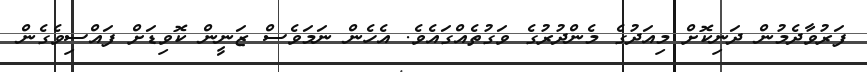
ފަރުވާދެމުން ދަނިކޮށް މިއަދުގެ މެންދުރުގެ ވަގުތެއްގައެވެ. އެހެން ނަމަވެސް ޒަނީން ކޮވިޑަށް ފައްސިވެގެން